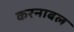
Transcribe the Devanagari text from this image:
करनाबल